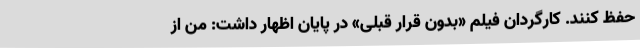
حفظ کنند. کارگردان فیلم «بدون قرار قبلی» در پایان اظهار داشت: من از